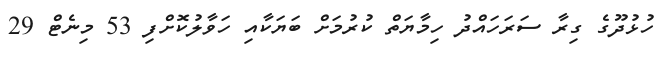
ހުޅުދޫގެ ގިރާ ސަރަހައްދު ހިމާޔަތް ކުރުމަށް ބަޔަކާއި ހަވާލުކޮށްފި 53 މިނެޓް 29